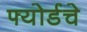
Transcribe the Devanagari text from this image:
फ्योर्डचे